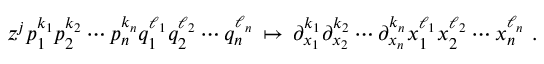
z ^ { j } p _ { 1 } ^ { k _ { 1 } } p _ { 2 } ^ { k _ { 2 } } \cdots p _ { n } ^ { k _ { n } } q _ { 1 } ^ { \ell _ { 1 } } q _ { 2 } ^ { \ell _ { 2 } } \cdots q _ { n } ^ { \ell _ { n } } \, \mapsto \, \partial _ { x _ { 1 } } ^ { k _ { 1 } } \partial _ { x _ { 2 } } ^ { k _ { 2 } } \cdots \partial _ { x _ { n } } ^ { k _ { n } } x _ { 1 } ^ { \ell _ { 1 } } x _ { 2 } ^ { \ell _ { 2 } } \cdots x _ { n } ^ { \ell _ { n } } ~ .